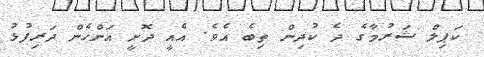
ކަޕިލް ޝަރުމާގެ ދެ ކުދިން ތިބެ އެވެ. އެއީ ދޮށީ އަންހެން ދަރިފުޅު